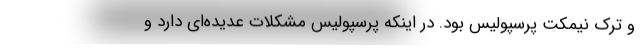
و ترک نیمکت پرسپولیس بود. در اینکه پرسپولیس مشکلات عدیده‌ای دارد و